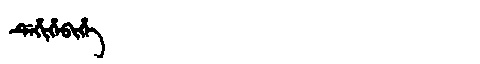
Manchu: ᡩᡝᡥᡳᡥᡝᠪᡳᡥᡝ
Romanization: DEHIHEBIHE